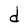
Character: d